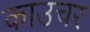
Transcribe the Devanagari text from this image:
काउचर